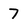
Character: 7